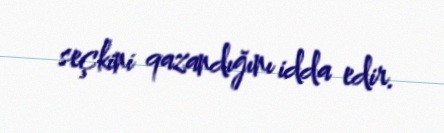
seçkini qazandığını idda edir.